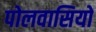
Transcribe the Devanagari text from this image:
पोलवासियों